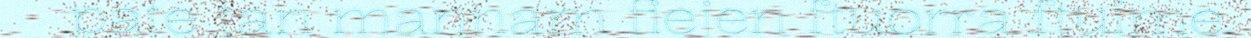
pate tan mannam fiejen ftuorra ftuime.